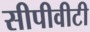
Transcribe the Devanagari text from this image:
सीपीवीटी